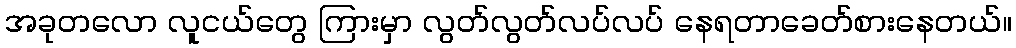
အခုတလော လူငယ်တွေ ကြားမှာ လွတ်လွတ်လပ်လပ် နေရတာခေတ်စားနေတယ်။